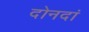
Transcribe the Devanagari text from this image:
दोनदां